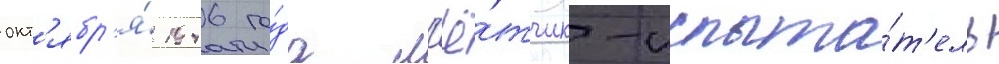
окт'ябр'я́ 1946 го́да л'ё́тчик-испыта́т'ель